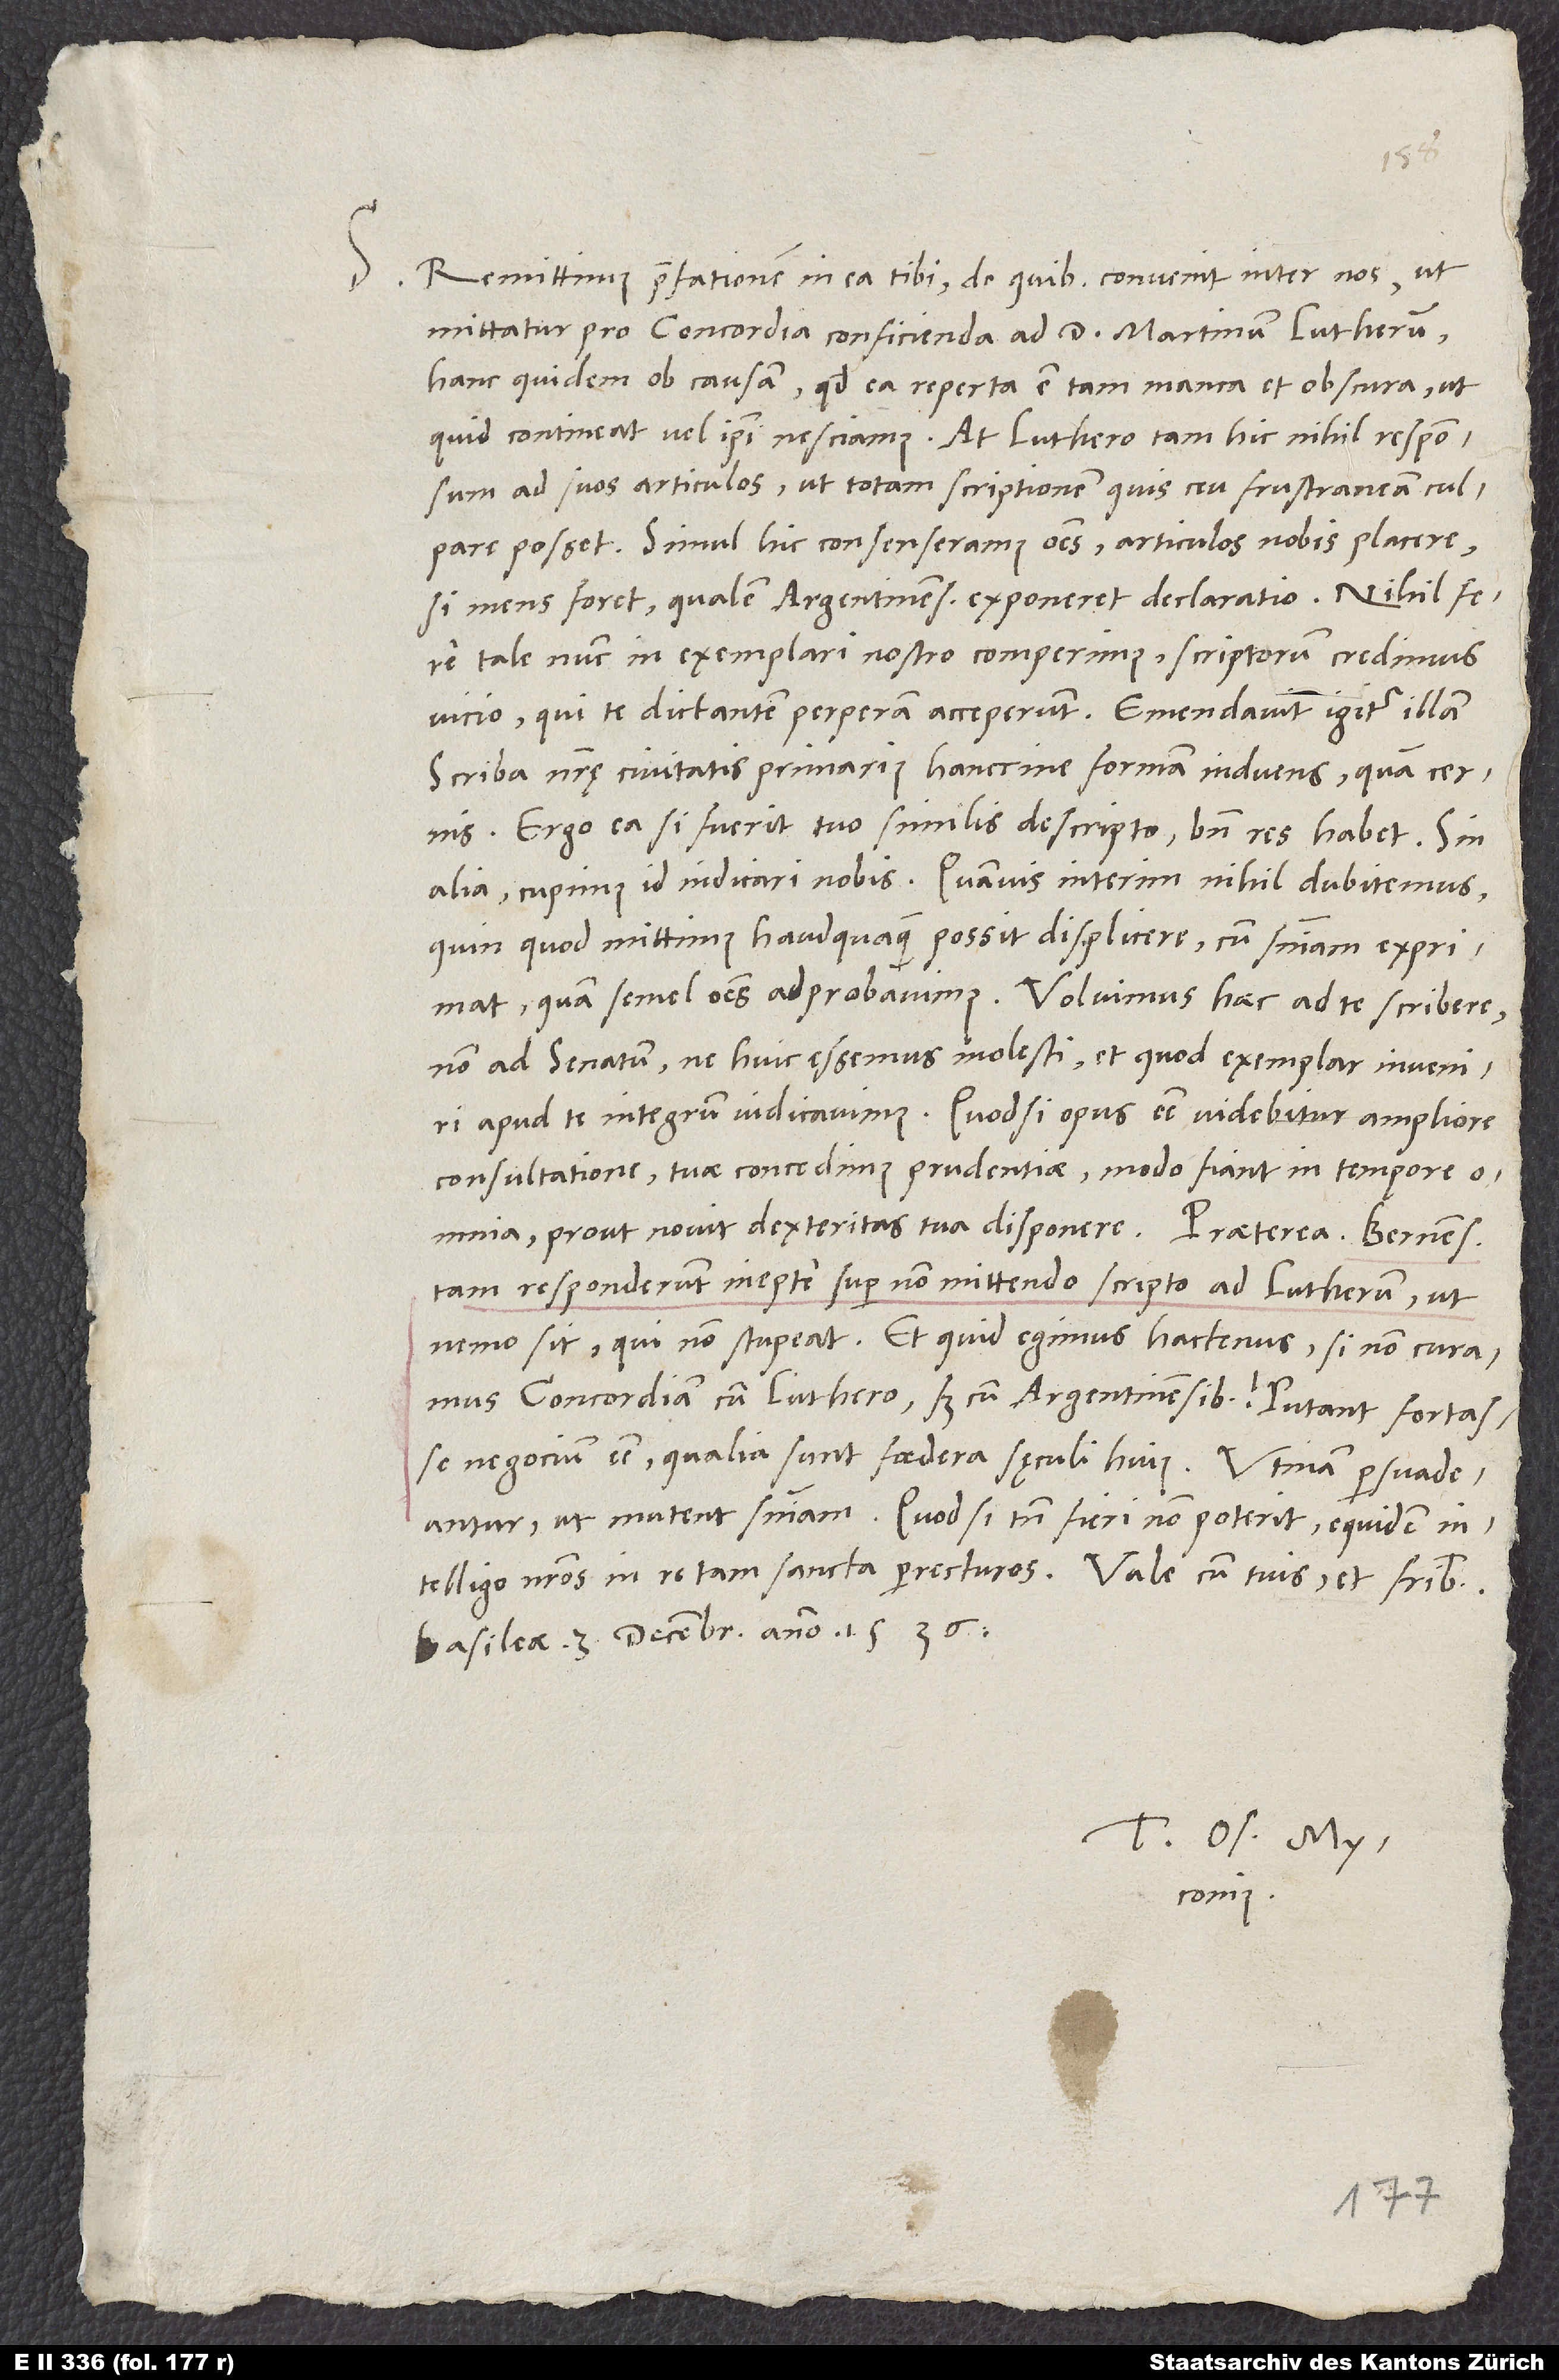
S. Remittimus praefationem in ea tibi, de quibus convenit inter nos, ut
mittatur pro concordia conficienda ad doctorem Martinum Lutherum,
hanc quidem ob causam, quod ea reperta est tam manca et obscura, ut,
quid contineat, vel ipsi nesciamus. At Luthero tam hic nihil responsum
ad suos articulos, ut totam scriptionem quis ceu frustraneam culpare
posset. Simul hic consenseramus omnes articulos nobis placere,
si mens foret, qualem Argentinens exponeret declaratio. Nihil fere
tale nunc in exemplari nostro comperimus, scriptorum credimus
vicio, qui te dictantem perperam acceperunt. Emendavit igitur illam
scriba nostrae civitatis primarius hanccine formam induens, quam cernis.
Ergo ea si fuerit tuo similis descripto, bene res habet. Sin
alia, cupimus id indicari nobis. Quamvis interim nihil dubitemus,
quin, quod mittimus, haudquaquam possit displicere, cum sententiam exprimat,
quam semel omnes adprobavimus. Voluimus haec ad te scribere,
non ad senatum, ne huic essemus molesti, et quod exemplar inveniri
apud te integrum iudicavimus. Quodsi opus esse videbitur ampliore
consultatione, tuae concedimus prudentiae, modo fiant in tempore
tam responderunt inepte super non mittendo scripto ad Lutherum ut
nemo, sit, qui non stupeat. Et quid egimus hactenus, si non curamus
concordiam cum Luthero, sed cum Argentinensibus? Putant fortasse
negocium esse, qualia sunt foedera saeculi huius. Utinam persuadeantur,
ut mutent sententiam! Quodsi tamen fieri non poterit, equidem
Basileae, 3. decembris anno 1536.